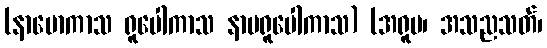
(နာမောကာသ ရူပေါကာသ နာမရူပေါကာသ) (အရူပ၊ အသညသတ်၊